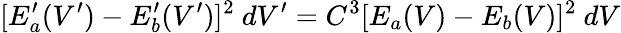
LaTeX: [E_{a}^{\prime}(V^{\prime})-E_{b}^{\prime}(V^{\prime})]^{2}~dV^{\prime}=C^{3}[E_{a}(V)-E_{b}(V)]^{2}~dV